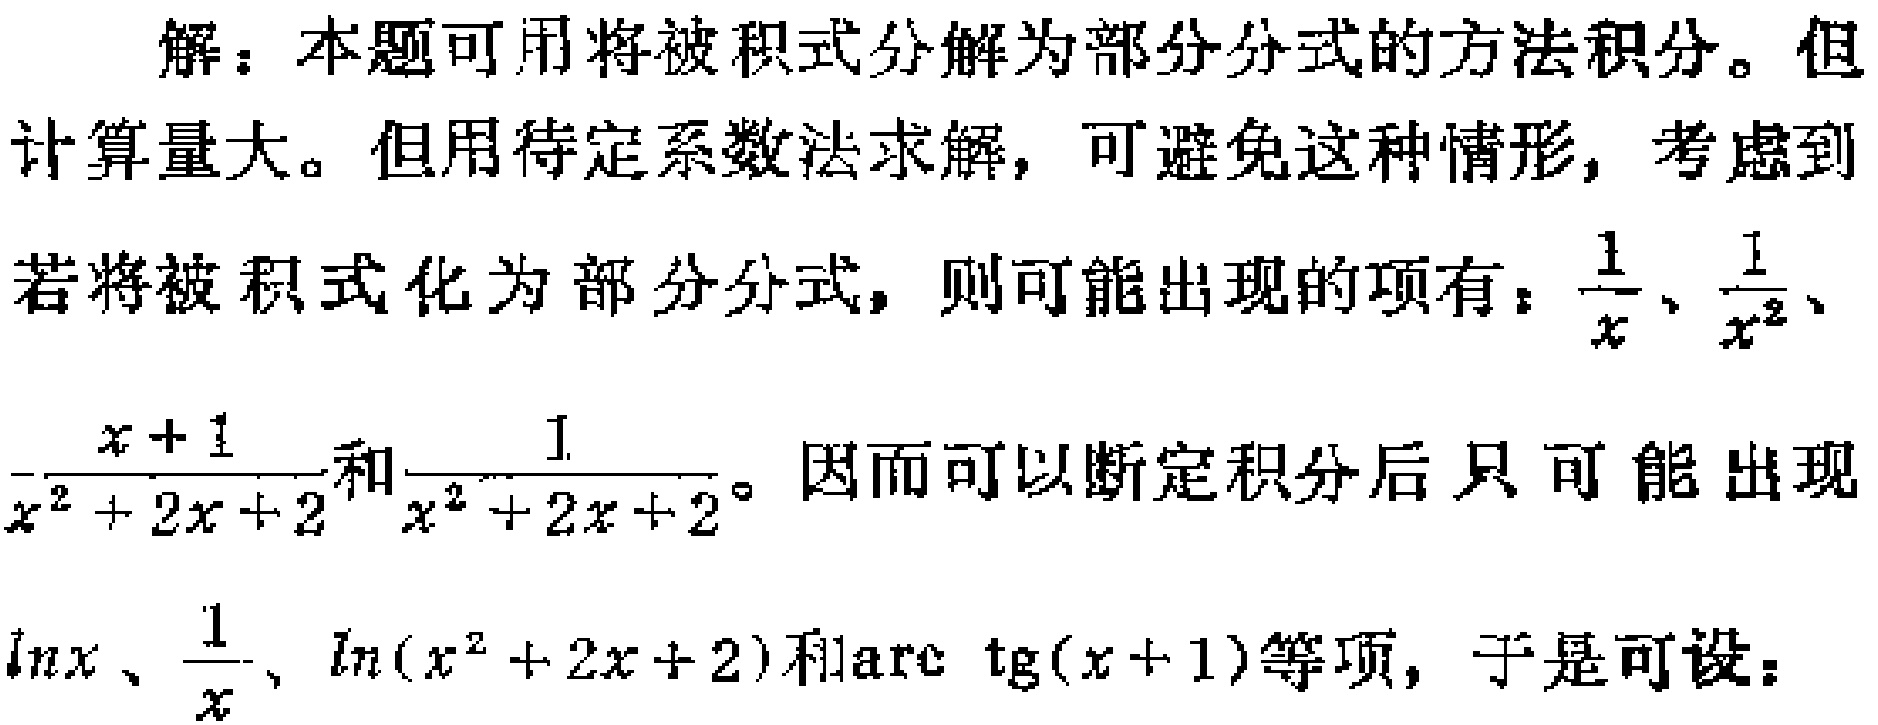
解：本题可用将被积式分解为部分分式的方法积分。但计算量大。但用待定系数法求解，可避免这种情形，考虑到若将被积式化为部分分式，则可能出现的项有：$\frac{1}{x}$、$\frac{1}{x^{2}}$、$-\frac{x + 1}{x^{2} + 2x + 2}$和$\frac{1}{x^{2} + 2x + 2}$。因而可以断定积分后只可能出现$\ln x$、$\frac{1}{x}$、$\ln(x^{2} + 2x + 2)$和$\text{arc}\ \text{tg}(x + 1)$等项，于是可设：